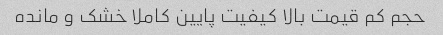
حجم کم قیمت بالا کیفیت پایین کاملا خشک و مانده